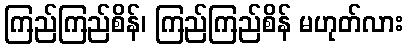
ကြည်ကြည်စိန်၊ ကြည်ကြည်စိန် မဟုတ်လား